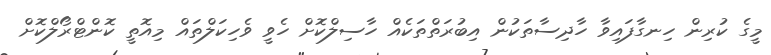
މީގެ ކުރިން ހިނގާފައިވާ ހާދިސާތަކުން އިބުރަތްތަކެއް ހާާާސިލްކޮށް ހެވީ ވެހިކަލްތައް މިއޮތީ ކޮންޓްރޯލްކޮށް